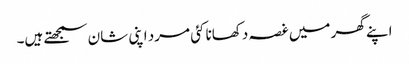
اپنے گھر میں غصہ دکھانا کئی مرد اپنی شان سمجھتے ہیں۔